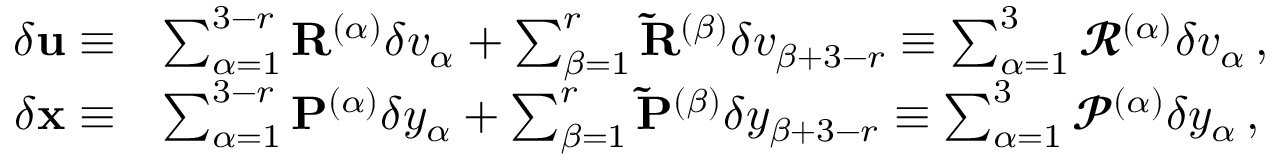
\begin{array} { r l } { \delta { \mathbf { u } } \equiv } & { \sum _ { \alpha = 1 } ^ { 3 - r } \mathbf { R } ^ { ( \alpha ) } \delta v _ { \alpha } + \sum _ { \beta = 1 } ^ { r } \mathbf { \tilde { R } } ^ { ( \beta ) } \delta v _ { \beta + 3 - r } \equiv \sum _ { \alpha = 1 } ^ { 3 } \mathbfcal { R } ^ { ( \alpha ) } \delta v _ { \alpha } \, , } \\ { \delta { \mathbf { x } } \equiv } & { \sum _ { \alpha = 1 } ^ { 3 - r } \mathbf { P } ^ { ( \alpha ) } \delta y _ { \alpha } + \sum _ { \beta = 1 } ^ { r } \mathbf { \tilde { P } } ^ { ( \beta ) } \delta y _ { \beta + 3 - r } \equiv \sum _ { \alpha = 1 } ^ { 3 } \mathbfcal { P } ^ { ( \alpha ) } \delta y _ { \alpha } \, , } \end{array}